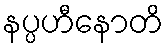
နပ္ပဟီနောတိ